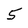
Character: 5